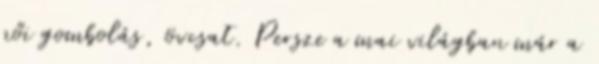
női gombolás, övcsat. Persze a mai világban már a